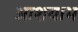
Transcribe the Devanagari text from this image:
आशयाभ